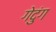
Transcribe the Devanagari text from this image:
गेदुंग